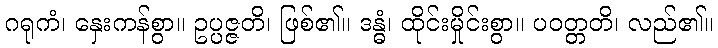
ဂရုကံ၊ နှေးကန်စွာ။ ဥပ္ပဇ္ဇတိ၊ ဖြစ်၏။ ဒန္ဓံ၊ ထိုင်းမှိုင်းစွာ။ ပဝတ္တတိ၊ လည်၏။